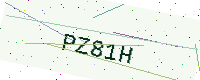
Text: PZ81H